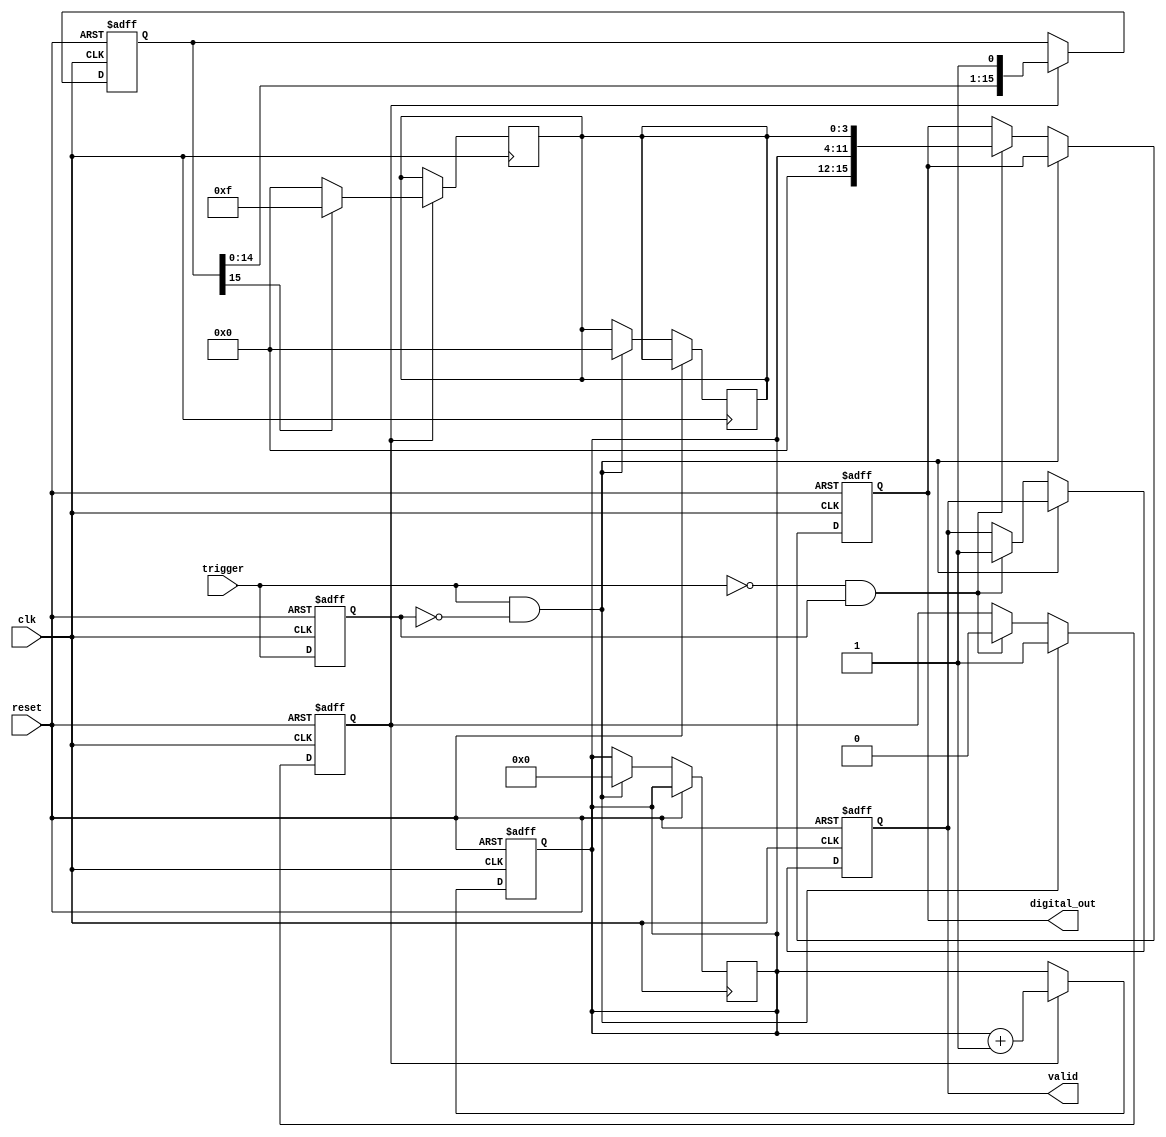
module TDC (
    input wire clk,               // System clock
    input wire reset,             // Reset signal
    input wire trigger,           // Input trigger signal
    output reg [15:0] digital_out, // Output digital value
    output reg valid              // Output valid signal
);

    // Parameters
    parameter DELAY_LINE_SIZE = 16; // Size of the delay line
    parameter COUNTER_WIDTH = 8;     // Width of the coarse counter

    // Internal signals
    reg [COUNTER_WIDTH-1:0] coarse_count; // Coarse counter
    reg [DELAY_LINE_SIZE-1:0] delay_line;  // Delay line
    reg [3:0] fine_measurement;            // Fine measurement
    reg trigger_prev;                       // Previous trigger state
    reg measuring;                          // Measuring state

    // Delay line implementation (simple shift register for simulation)
    always @(posedge clk or posedge reset) begin
        if (reset) begin
            delay_line <= 0;
        end else if (measuring) begin
            delay_line <= {delay_line[DELAY_LINE_SIZE-2:0], 1'b1}; // Shift in a new delay
        end
    end

    // Coarse counter
    always @(posedge clk or posedge reset) begin
        if (reset) begin
            coarse_count <= 0;
        end else if (measuring) begin
            coarse_count <= coarse_count + 1; // Increment coarse count
        end
    end

    // Edge detection for start and stop of measurement
    always @(posedge clk or posedge reset) begin
        if (reset) begin
            trigger_prev <= 0;
            measuring <= 0;
            valid <= 0;
            digital_out <= 0;
        end else begin
            if (trigger && !trigger_prev) begin
                // Start measurement
                measuring <= 1;
                coarse_count <= 0; // Reset coarse count
                fine_measurement <= 0; // Reset fine measurement
            end else if (!trigger && trigger_prev) begin
                // Stop measurement
                measuring <= 0;
                valid <= 1;
                digital_out <= {coarse_count, fine_measurement}; // Combine coarse and fine
            end
            
            // Update previous trigger state
            trigger_prev <= trigger;
        end
    end

    // Fine measurement based on delay line position
    always @(posedge clk) begin
        if (measuring) begin
            // Simple fine measurement logic (could be more complex)
            // Here we just use the position of the last bit in the delay line
            fine_measurement <= delay_line[DELAY_LINE_SIZE-1] ? DELAY_LINE_SIZE - 1 : 0;
        end
    end

endmodule